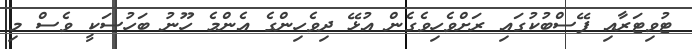
ޓުވިޓަރާއި ފޭސްބުކުގައި ރަށްވެހިވެގެން އުޅޭ ދިވެހިންގެ އެންމެ ހޫނު ބަހުސަކީ ވެސް މި